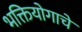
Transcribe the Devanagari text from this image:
भक्तियोगाचे